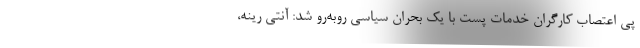
پی اعتصاب کارگران خدمات پست با یک بحران سیاسی روبه‌رو شد: آنتی‌ رینه،